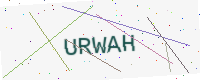
Text: URWAH